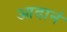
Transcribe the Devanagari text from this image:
आदानं